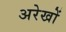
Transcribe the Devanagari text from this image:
अरेखों